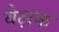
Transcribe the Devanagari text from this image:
बेक्षक